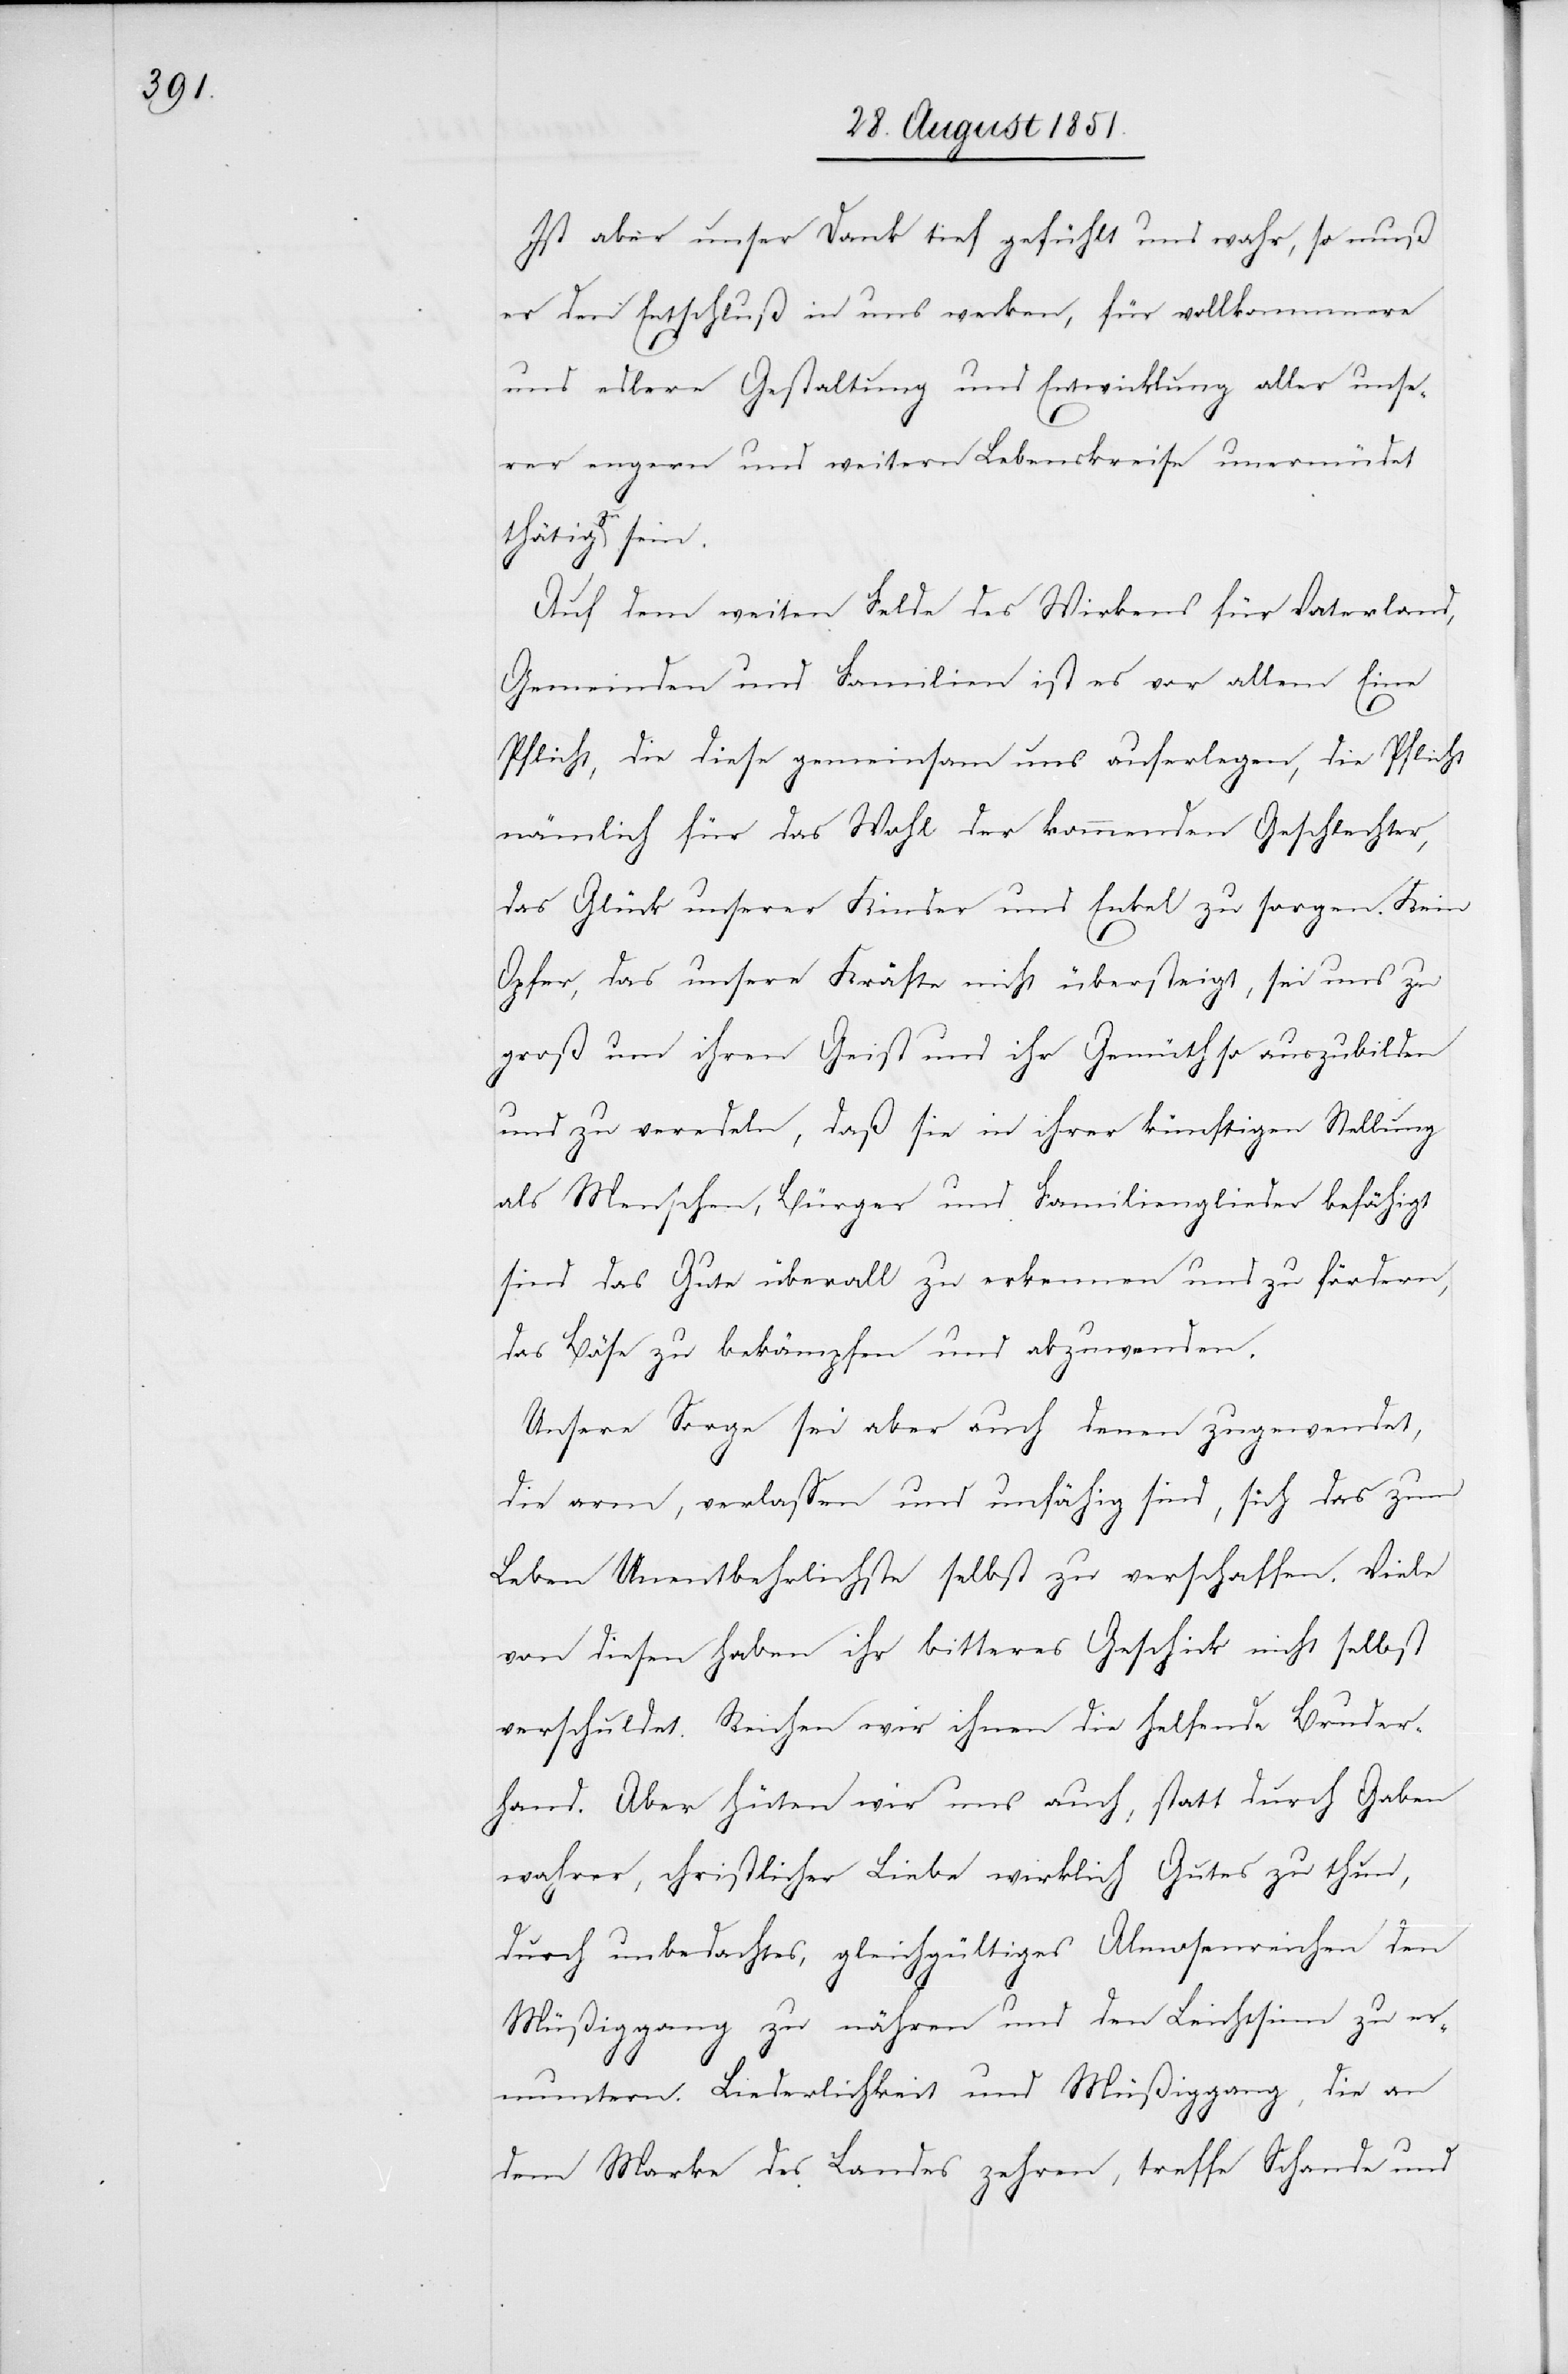
Ist aber unser Dank tief gefühlt und wahr, so muß
er den Entschluß in uns wecken, für vollkommenere
und edlere Gestaltung und Entwicklung aller unse¬
rer engern und weitern Lebenskreise unermüdet
thätig zu sein.
Auf dem weiten Felde des Wirkens für Vaterland,
Gemeinden und Familien ist es vor allem Eine
Pflicht, die diese gemeinsam uns auferlegen, die Pflicht
nämlich für das Wohl der kommenden Geschlechter,
das Glück unserer Kinder und Enkel zu sorgen. Kein
Opfer, das unsere Kräfte nicht übersteigt, sei uns zu
groß um ihren Geist und ihr Gemüth so auszubilden
und zu veredeln, daß sie in ihrer künftigen Stellung
als Menschen, Bürger und Familienglieder befähigt
sind das Gute überall zu erkennen und zu fördern,
das Böse zu bekämpfen und abzuwenden.
Unsere Sorge sei aber auch denen zugewendet,
die arm, verlassen und unfähig sind, sich das zum
Leben Unentbehrlichste selbst zu verschaffen. Viele
von diesen haben ihr bitteres Geschick nicht selbst
verschuldet. Reichen wir ihnen die helfende Bruder¬
hand. Aber hüten wir uns auch, statt durch Gaben
wahrer, christlicher Liebe wirklich Gutes zu thun,
durch unbedachtes, gleichgültiges Almosenreichen den
Müßiggang zu nähren und den Leichtsinn zu er¬
muntern. Liederlichkeit und Müßiggang, die an
dem Marke des Landes zehren, treffe Schande und